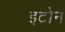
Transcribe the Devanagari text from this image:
इटोन